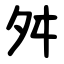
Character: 舛